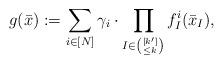
LaTeX: \begin{gather*} g(\bar{x}) := \sum_{i \in [N] } \gamma_i \cdot \prod_{I \in \binom{[k']}{\leq k}} f^i_I(\bar{x}_I), \end{gather*}